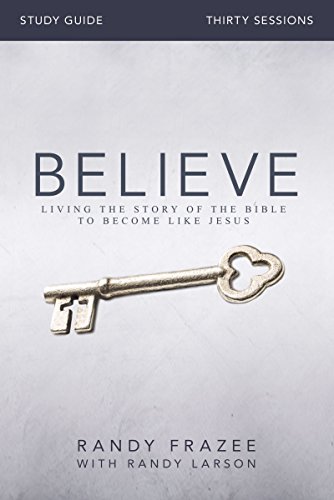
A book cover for Believe Study Guide with DVD: Living the Story of the Bible to Become Like Jesus; Randy Frazee; Christian Books & Bibles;